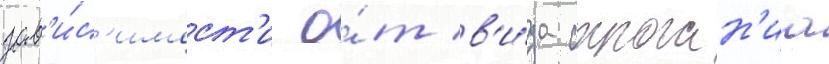
зав'и́с'имост'и о́т в'и́да строган'иа